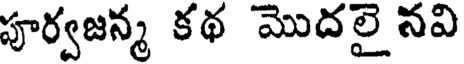
పూర్వజన్మ కథ మొదలై నవి